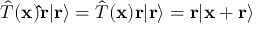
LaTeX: { \hat { T } } ( \mathbf { x } ) \mathbf { \hat { r } } | \mathbf { r } \rangle = { \hat { T } } ( \mathbf { x } ) \mathbf { r } | \mathbf { r } \rangle = \mathbf { r } | \mathbf { x } + \mathbf { r } \rangle